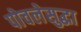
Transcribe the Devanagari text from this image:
पोचलेसुद्धा